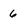
Character: 6